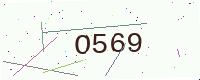
Text: O569